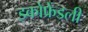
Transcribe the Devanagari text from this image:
इकोफ्रेंडली